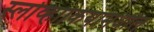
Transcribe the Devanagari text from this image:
स्लोव्हाकियामधील